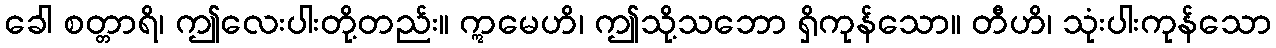
ခေါ စတ္တာရိ၊ ဤလေးပါးတို့တည်း။ ဣမေဟိ၊ ဤသို့သဘော ရှိကုန်သော။ တီဟိ၊ သုံးပါးကုန်သော